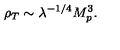
\rho _ { T } \sim \lambda ^ { - 1 / 4 } M _ { p } ^ { 3 } .